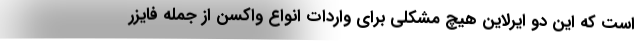
است که این دو ایرلاین هیچ مشکلی برای واردات انواع واکسن از جمله فایزر